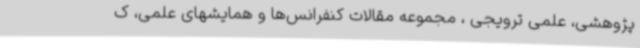
پژوهشی، علمی ترویجی ، مجموعه مقالات کنفرانس‌ها و همایشهای علمی، ک